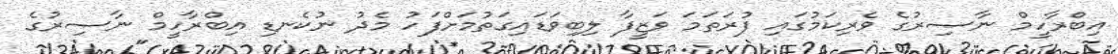
އިބްރާހީމް ނާޞިރުގެ ވެރިކަމުގައި ފުރަތަމަ ވަޒީފާ ލިބިވަޑައިގަތުމަށްފަހު މެދު ނުކެނޑި އިބްރާހީމް ނާޞިރުގެ